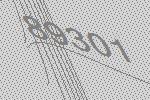
89301